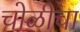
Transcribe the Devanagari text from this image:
चोळीचा